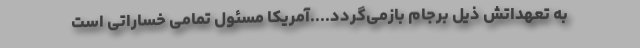
به تعهداتش ذیل برجام بازمی‌گردد....آمریکا مسئول تمامی خساراتی است